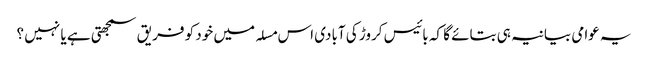
یہ عوامی بیانیہ ہی بتائے گا کہ بائیس کروڑ کی آبادی اس مسلہ میں خود کو فریق سمجھتی ہے یا نہیں ؟